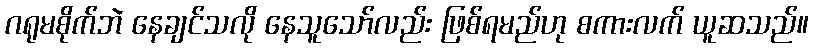
ဂရုမစိုက်ဘဲ နေချင်သလို နေသူသော်လည်း ဖြစ်ရမည်ဟု စကားလက် ယူဆသည်။